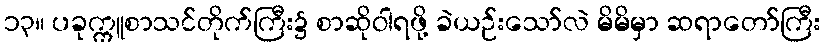
၁၃။ ပခုက္ကူစာသင်တိုက်ကြီး၌ စာဆိုဝါရဖို့ ခဲယဉ်းသော်လဲ မိမိမှာ ဆရာတော်ကြီး